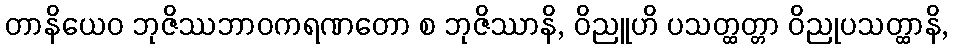
တာနိယေဝ ဘုဇိဿဘာဝကရဏတော စ ဘုဇိဿာနိ, ဝိညူဟိ ပသတ္ထတ္တာ ဝိညုပသတ္ထာနိ,